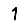
Digit: 1